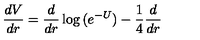
{ \frac { d V } { d r } } = { \frac { d } { d r } } \log { ( e ^ { - U } ) } - { \frac { 1 } { 4 } } { \frac { d } { d r } }